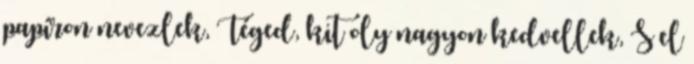
papíron nevezlek, Téged, kit oly nagyon kedvellek, S el